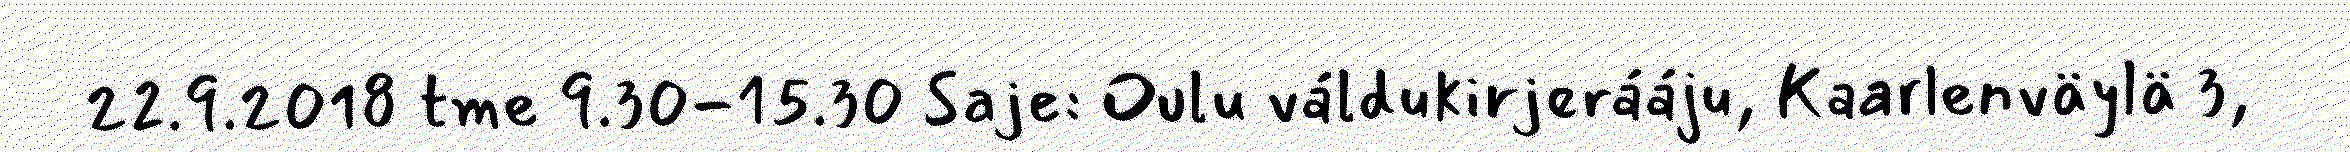
22.9.2018 tme 9.30-15.30 Saje: Oulu váldukirjerááju, Kaarlenväylä 3,